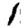
Digit: 1